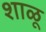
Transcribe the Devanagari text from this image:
शाळू